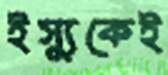
ইস্যুকেই